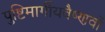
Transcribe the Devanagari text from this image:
पुष्टिमार्गीयवैष्णवों